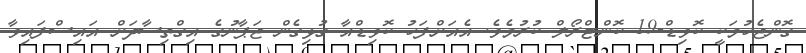
ގޮންޖެހުމަކީ ކޮވިޑް-19 ކޮންޓްރޯލް ކުރުމެވެ. އެއަށްފަހު ކޮވިޑްއާ ގުޅިގެން ޖަޕާނުގެ އިގްތިސާދަށް އައިސްފައިވާ